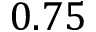
0 . 7 5